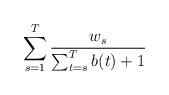
LaTeX: \begin{align*} \sum_{s=1}^T\frac{w_s}{\sum_{t=s}^Tb(t)+1} \end{align*}